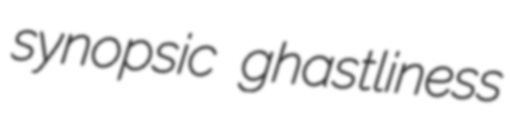
synopsic ghastliness